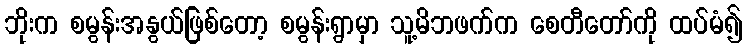
ဘိုးက စမွန်းအနွယ်ဖြစ်တော့ စမွန်းရွာမှာ သူ့မိဘဖက်က စေတီတော်ကို ထပ်မံ၍